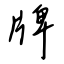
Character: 牌